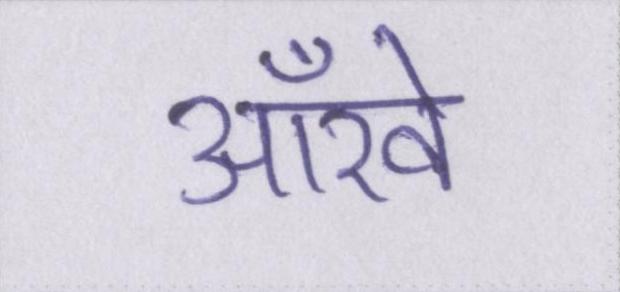
ऑंखें